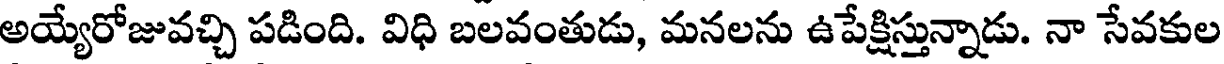
అయ్యేరోజువచ్చి పడింది. విధి బలవంతుడు, మనలను ఉపేక్షిస్తున్నాడు. నా సేవకుల